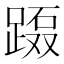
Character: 𲃲